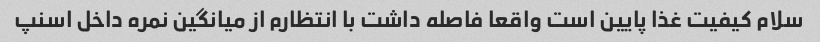
سلام کیفیت غذا پایین است واقعا فاصله داشت با انتظارم از میانگین نمره داخل اسنپ